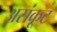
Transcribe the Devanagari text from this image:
असंकूट